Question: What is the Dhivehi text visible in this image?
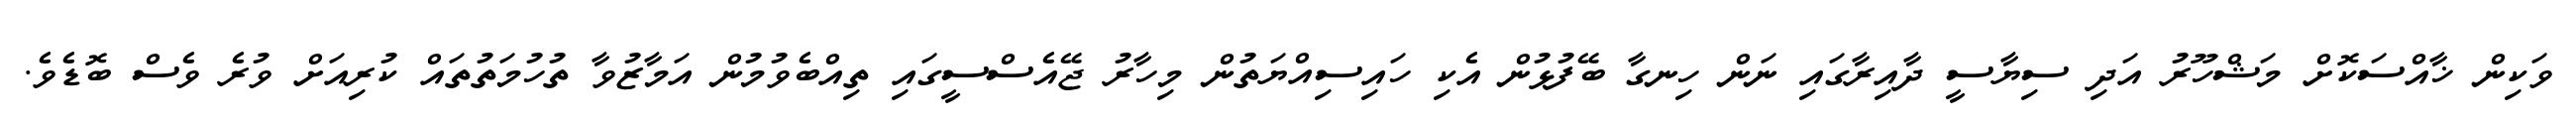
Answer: ވަކިން ޚާއްސަކޮށް މަޝްހޫރު އަދި ސިޔާސީ ދާއިރާގައި ނަން ހިނގާ ބޭފުޅުން އެކި ހައިސިއްޔަތުން މިހާރު ޖޭއެސްސީގައި ތިއްބެވުމުން އަމާޒުވާ ތުހުމަތުތައް ކުރިއަށް ވުރެ ވެސް ބޮޑެވެ.